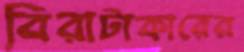
বিরাটাকারের